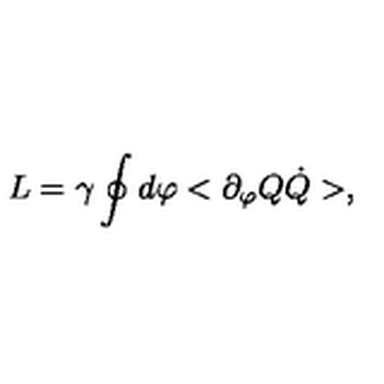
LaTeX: L = \gamma \oint d \varphi < \partial _ { \varphi } Q \dot { Q } > ,